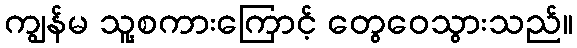
ကျွန်မ သူ့စကားကြောင့် တွေဝေသွားသည်။